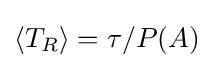
\langle T_{R}\rangle =\tau /P(A)